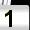
Digit: 1